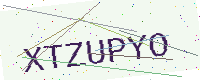
Text: XTZUPYO